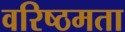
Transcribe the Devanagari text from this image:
वरिष्ठमता